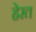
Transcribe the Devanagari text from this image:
हेरत